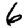
Digit: 6